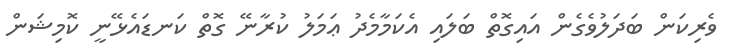
ވެރިކަން ބަދަލުވެގެން އައިގޮތް ބަލައި އެކަމާމެދު ޢަމަލު ކުރާނޭ ގޮތް ކަނޑައެޅޭނީ ކޮމިޝަން